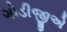
ગોડીજીએ